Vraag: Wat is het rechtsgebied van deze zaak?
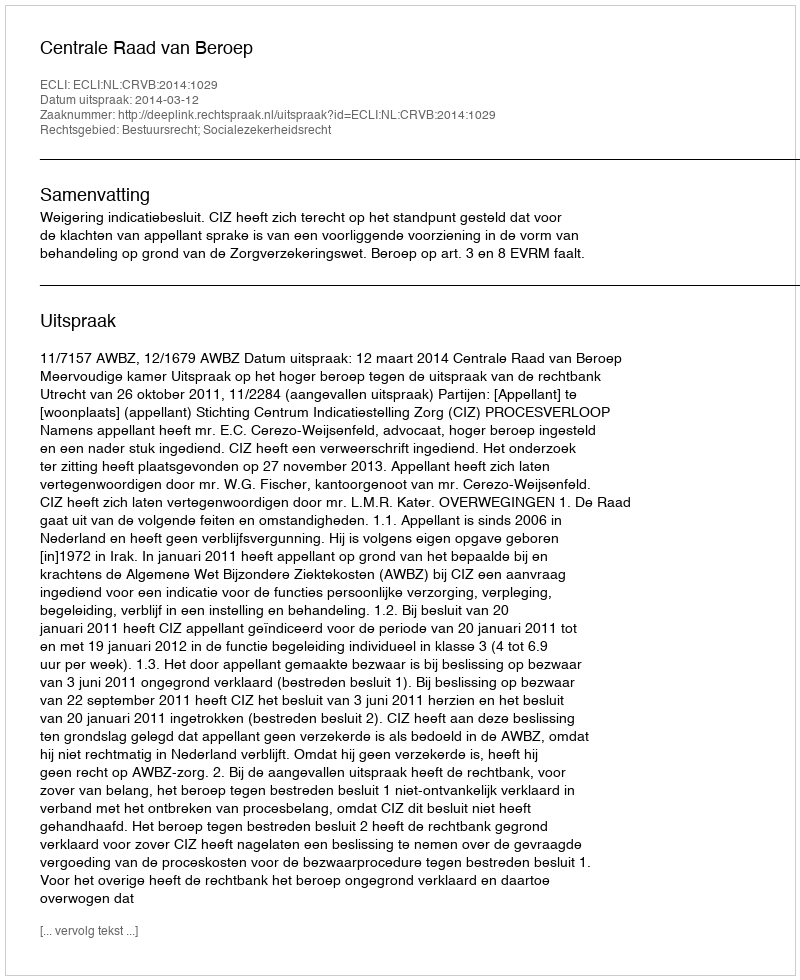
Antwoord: Bestuursrecht; Socialezekerheidsrecht